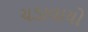
ચડાવાયો